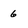
Character: 6